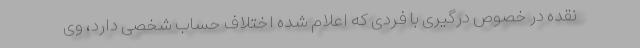
نقده در خصوص درگیری با فردی که اعلام شده اختلاف حساب شخصی دارد، وی